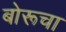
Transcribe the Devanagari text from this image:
बोरूचा